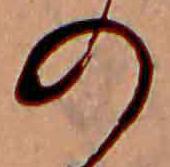
の